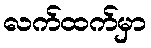
လက်ထက်မှာ